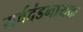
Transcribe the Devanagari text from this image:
सर्वदंडनायक